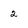
Character: 2